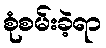
စုံစမ်းခဲ့ရာ